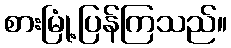
စားမြုံ့ပြန်ကြသည်။